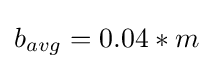
b_{avg}=0.04*m